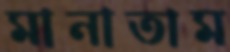
মানাতাম